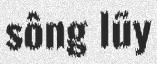
sông lũy